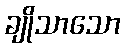
ချိုသာသော